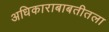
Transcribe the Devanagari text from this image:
अधिकाराबाबतीतला